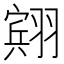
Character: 𫅭